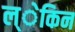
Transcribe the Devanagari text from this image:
ल्ेकिन